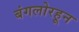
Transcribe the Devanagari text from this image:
बंगलोरहून